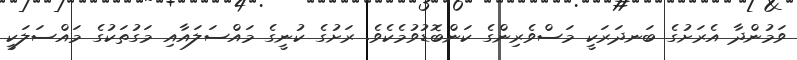
ވަމުންދާ އެރަށުގެ ބަނދަރަކީ މަސްވެރިންގެ ކަންބޮޑުވުމެކެވެ. ރަށުގެ ކުނީގެ މައްސަލައާއި މަގުތަކުގެ މައްސަލަކީ